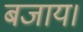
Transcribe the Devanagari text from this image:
बजाय।